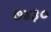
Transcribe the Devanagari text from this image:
७४३०